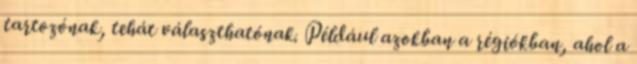
tartozónak, tehát választhatónak. Például azokban a régiókban, ahol a